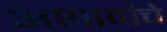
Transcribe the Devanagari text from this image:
अभावांचे